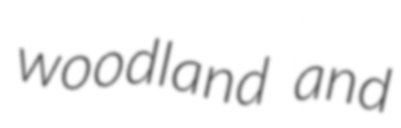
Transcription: woodland and